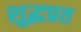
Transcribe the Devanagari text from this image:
शुद्धप्रत